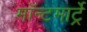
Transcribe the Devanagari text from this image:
मॉन्टमार्ट्रे